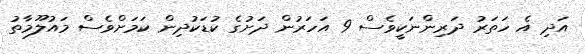
އަދި އެ ހަތަރު ދަރިންނަކީވެސް 9 އަހަރުން ދަށުގެ ކުޑަކުދިން ކަމަށްވެސް މައުލޫމާތު